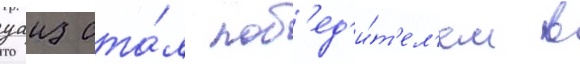
уаиз ста́л поб'ед'и́т'ел'ем в